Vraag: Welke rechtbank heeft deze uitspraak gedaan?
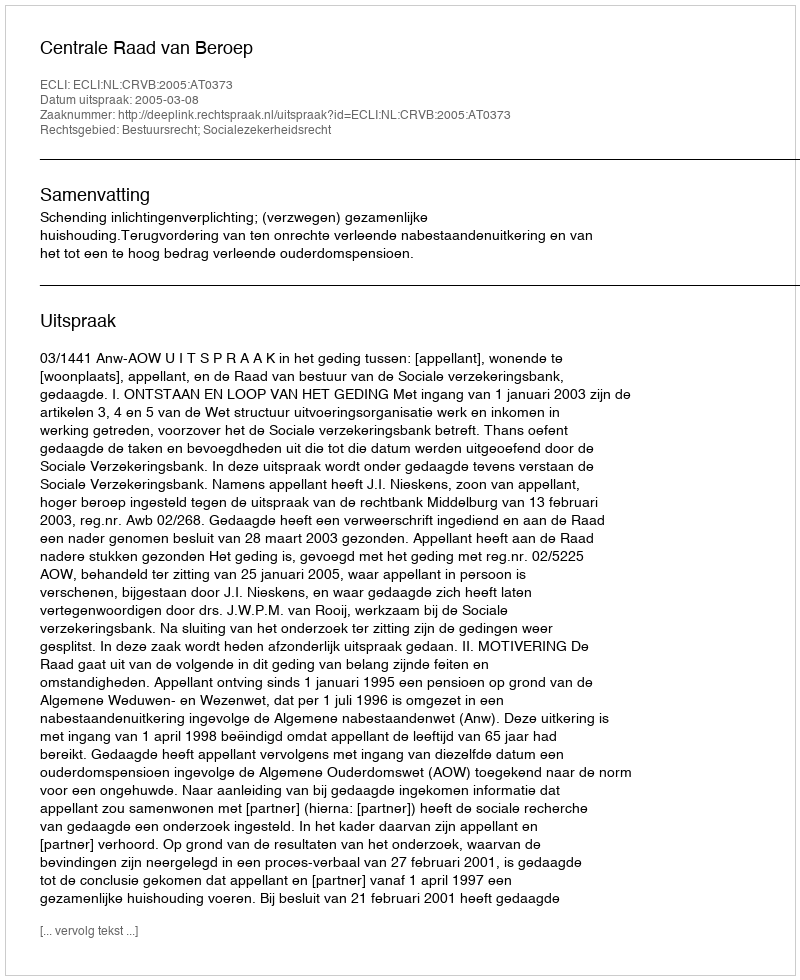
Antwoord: Centrale Raad van Beroep